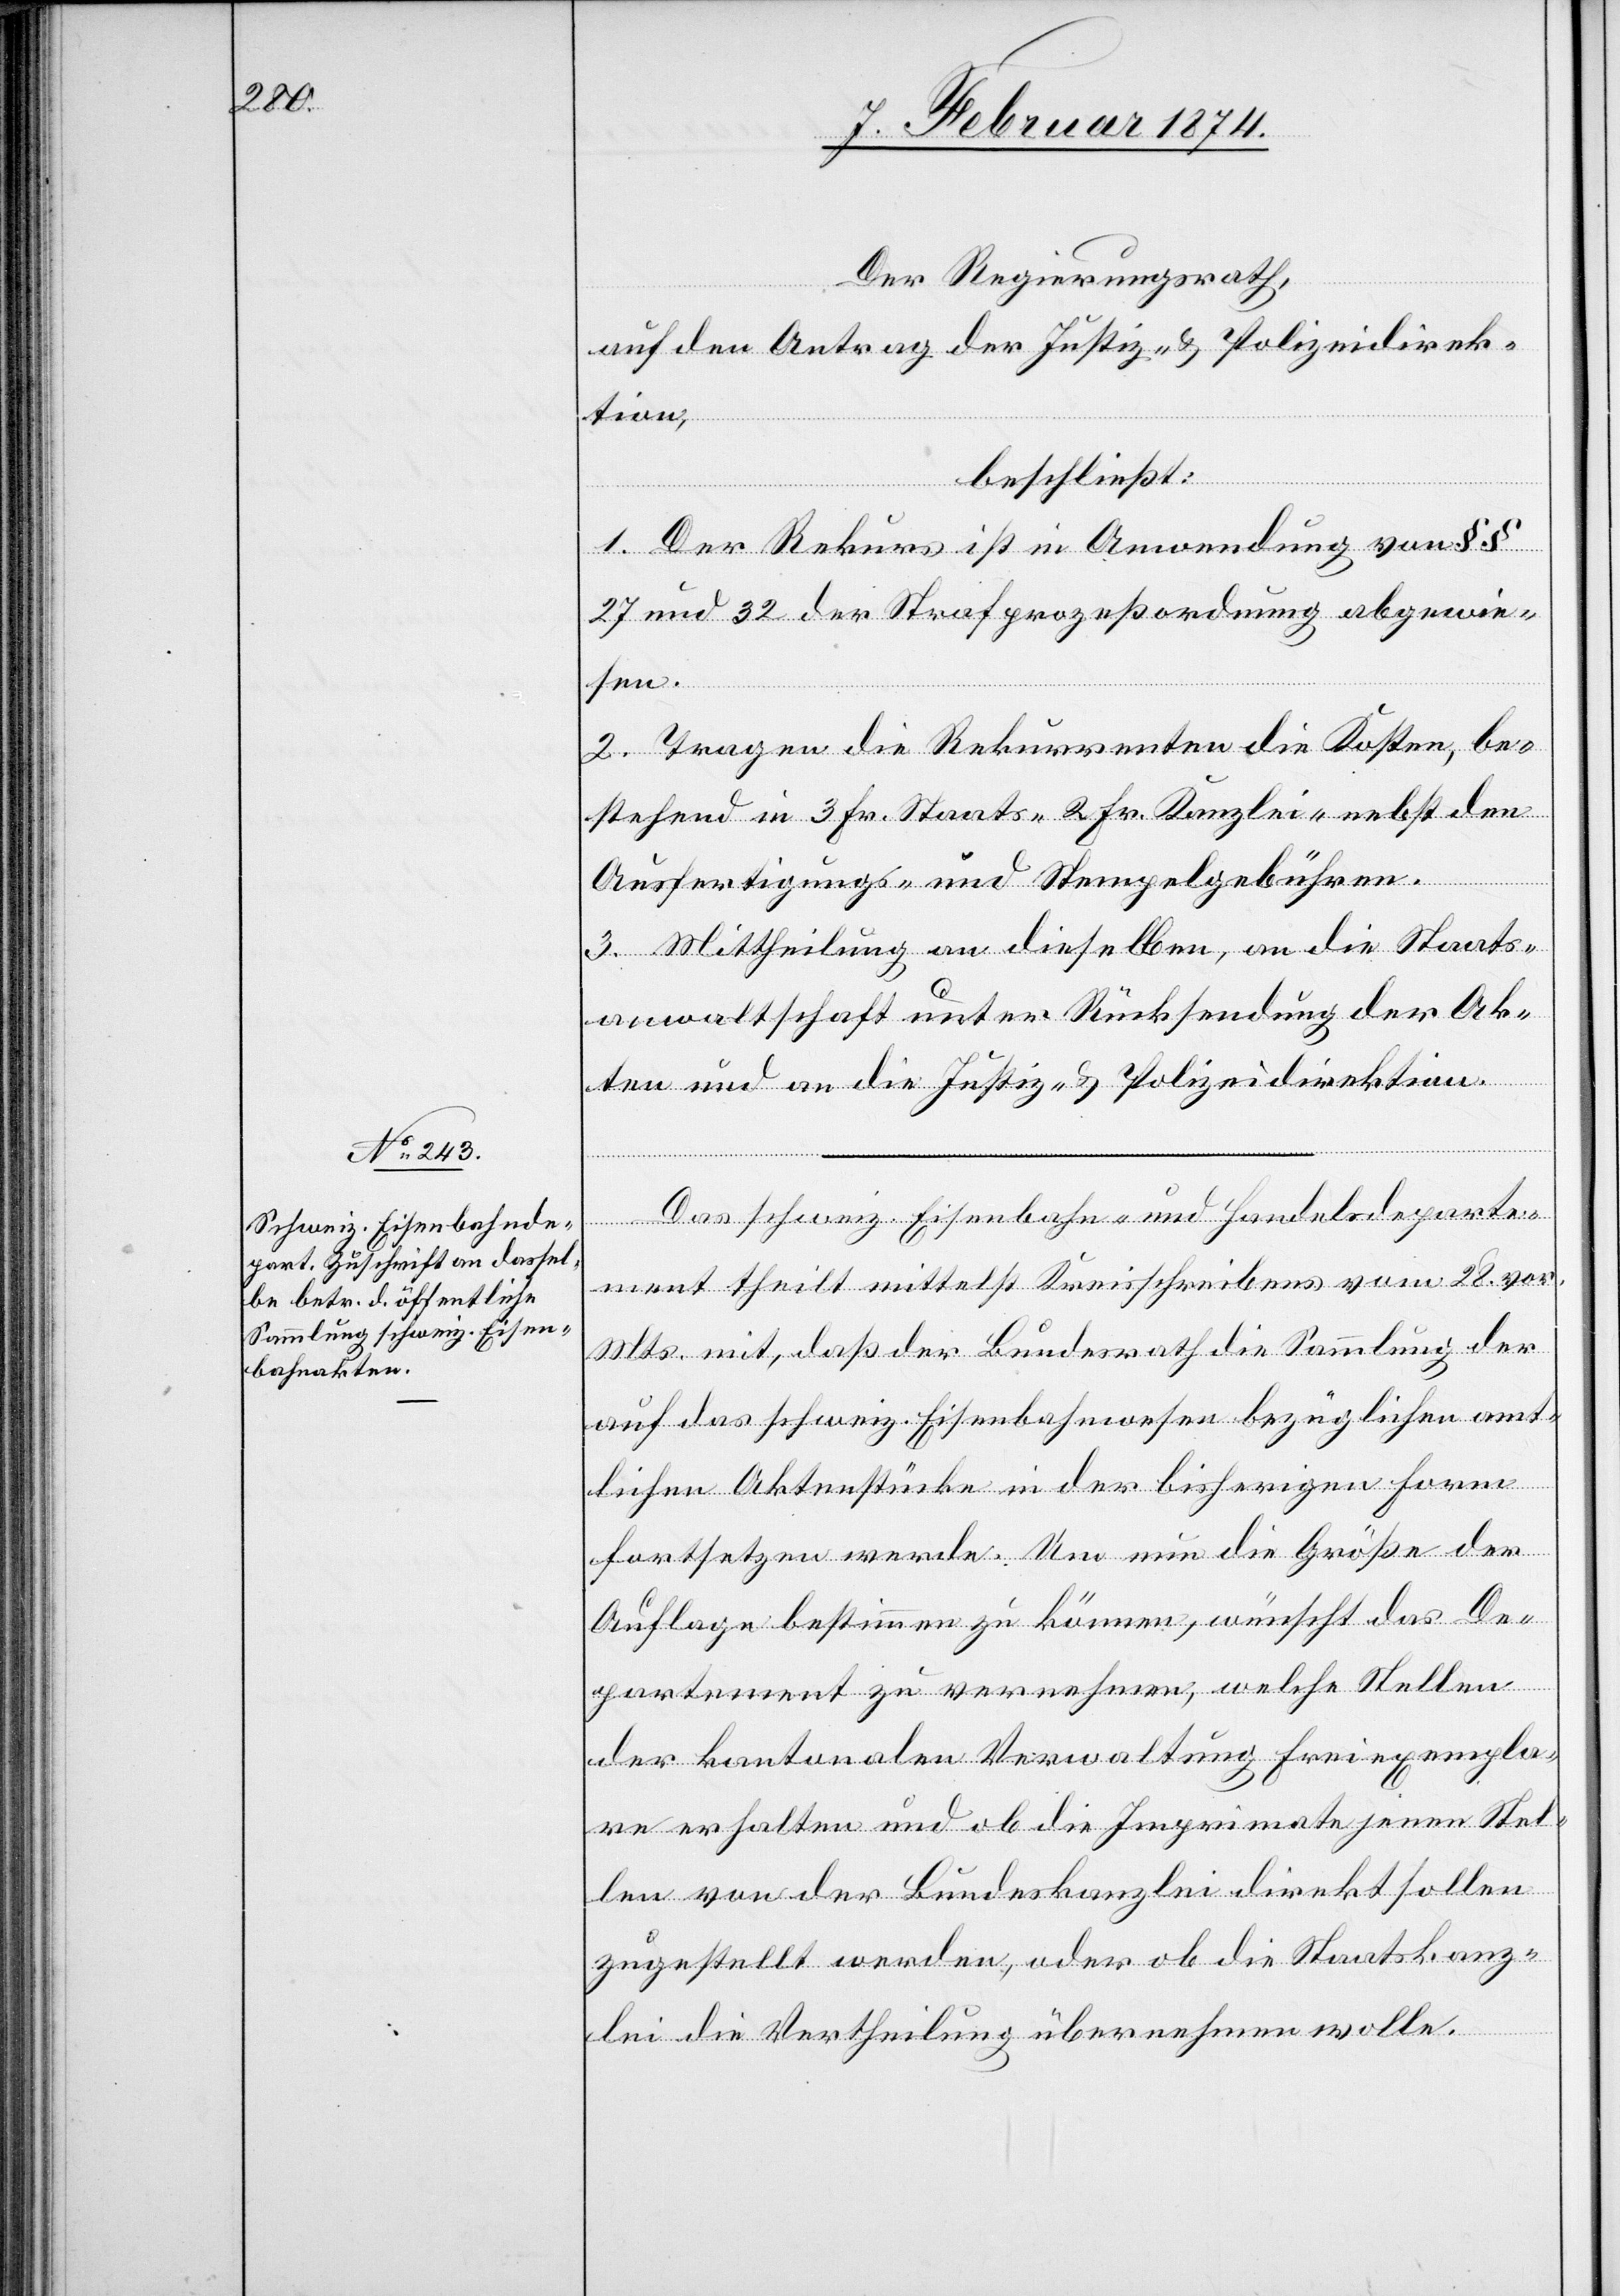
Der Regierungsrath,
auf den Antrag der Justiz- u. Polizeidirek¬
tion,
beschließt:
1. Der Rekurs ist in Anwendung von §§
27 und 32 der Strafprozeßordnung abgewie¬
sen.
2. Tragen die Rekurrenten die Kosten, be¬
stehend in 3 Fr. Staats-[,] 2 Fr. Kanzlei-[,] nebst den
Ausfertigungs- und Stempelgebühren.
3. Mittheilung an dieselben, an die Staats¬
anwaltschaft unter Rücksendung der Ak¬
ten und an die Justiz- & Polizeidirektion.
Das schweiz. Eisenbahn- und Handelsdeparte¬
ment theilt mittelst Kreisschreibens vom 28. vor.
Mts. mit, daß der Bundesrath die Sammlung der
auf das schweiz. Eisenbahnwesen bezüglichen amt¬
lichen Aktenstücke in der bisherigen Form
fortsetzen werde. Um nun die Größe der
Auflage bestimmen zu können, wünscht das De¬
partement zu verrechnen, welche Stellen
der kantonalen Verwaltung Freiexempla¬
re erhalten und ob die Imprimate jenen Stel¬
len von der Bundeskanzlei direkt sollen
zugestellt werden, oder ob die Staatskanz¬
lei die Vertheilung übernehmen wolle.